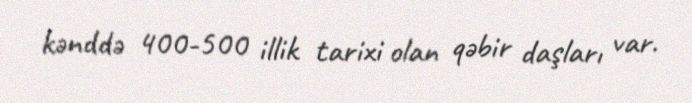
kənddə 400-500 illik tarixi olan qəbir daşları var.